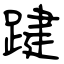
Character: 踺